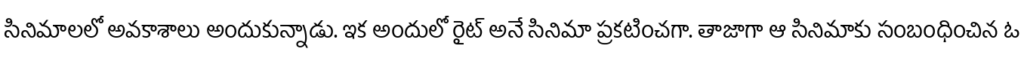
సినిమాలలో అవకాశాలు అందుకున్నాడు. ఇక అందులో రైట్ అనే సినిమా ప్రకటించగా. తాజాగా ఆ సినిమాకు సంబంధించిన ఓ